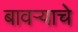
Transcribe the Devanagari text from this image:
बावऱ्याचे